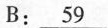
B:\underline{59}